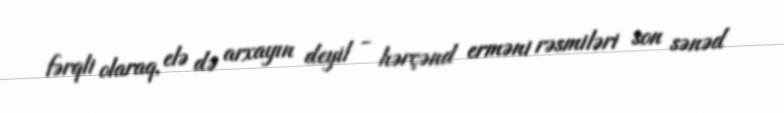
fərqli olaraq, elə də arxayın deyil - hərçənd erməni rəsmiləri son sənəd